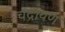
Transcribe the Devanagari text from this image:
चंद्रायण